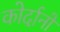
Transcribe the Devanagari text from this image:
कोर्दानों